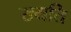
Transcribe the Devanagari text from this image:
ख्यति